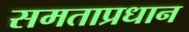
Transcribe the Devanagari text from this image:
समताप्रधान